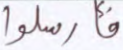
فأرسلوا